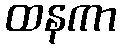
ထနကာ